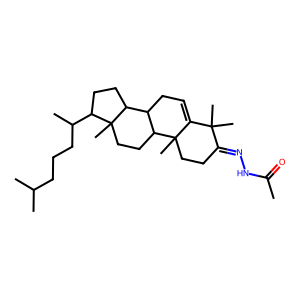
SMILES: CC(=O)NN=C1CCC2(C)C(=CCC3C2CCC2(C)C(C(C)CCCC(C)C)CCC32)C1(C)C
Inhibits HIV replication: No